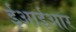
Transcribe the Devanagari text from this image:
ईआईआर